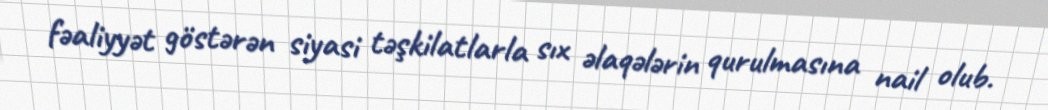
fəaliyyət göstərən siyasi təşkilatlarla sıx əlaqələrin qurulmasına nail olub.